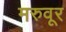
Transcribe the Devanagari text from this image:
मरुवूर